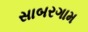
સાબરગામ